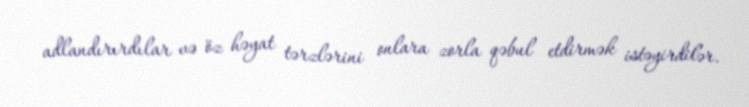
adlandırırdılar və öz həyat tərzlərini onlara zorla qəbul etdirmək istəyirdilər.